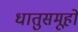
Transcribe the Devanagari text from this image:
धातुसमूहों